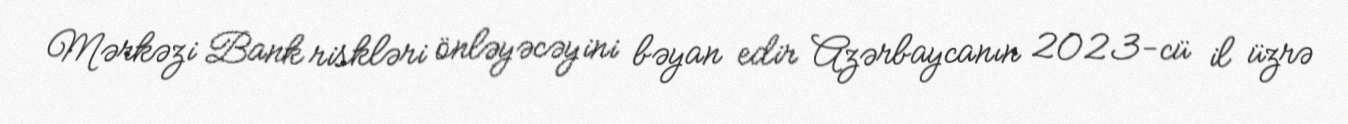
Mərkəzi Bank riskləri önləyəcəyini bəyan edir Azərbaycanın 2023-cü il üzrə